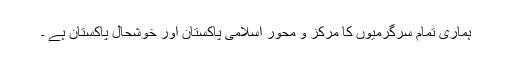
ہماری تمام سرگرمیوں کا مرکز و محور اسلامی پاکستان اور خوشحال پاکستان ہے ۔